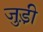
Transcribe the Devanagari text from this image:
जुड़ी़